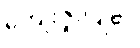
ကျေးဇူးပြု၏